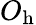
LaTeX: O_{\mathrm{h}}